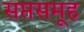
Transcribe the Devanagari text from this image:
सप्तसमूह